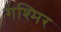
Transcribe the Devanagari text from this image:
गश्मिर